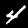
Digit: 4